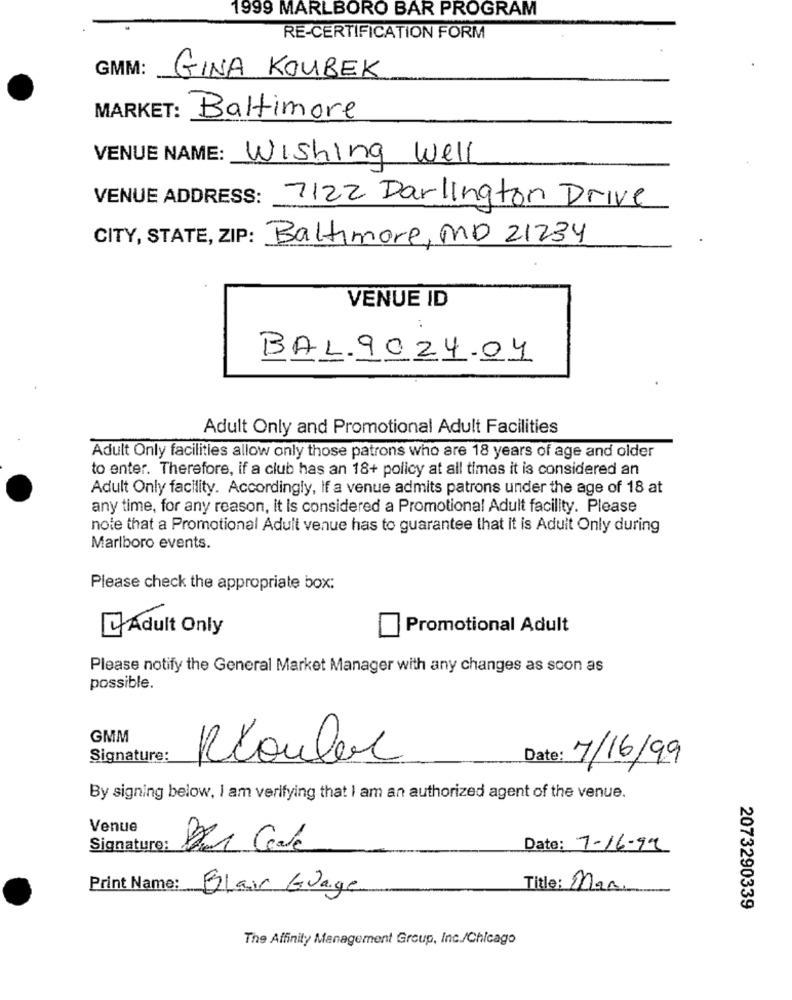
1999 MARLBORO BAR PROGRAM
RE-CERTIFICATION FORM
GMM:
GINA KOUBEK
MARKET:
Baltimore
VENUE NAME: Wishing Well
VENUE ADDRESS:
7122 Darlington Drive
CITY, STATE, ZIP: Baltimore, MD 21234
VENUE ID
BAL.9024.04
Adult Only and Promotional Adult Facilities
Adult Only facilities allow only those patrons who are 18 years of age and older
to enter. Therefore, if a club has an 18+ policy at all times it is considered an
Adult Only facility. Accordingly, if a venue admits patrons under the age of 18 at
any time, for any reason, it is considered a Promotional Adult facility. Please
note that a Promotional Adult venue has to guarantee that it is Adult Only during
Marlboro events.
Please check the appropriate box:
Promotional Adult
LAdult Only
Please notify the General Market Manager with any changes as soon as
possible.
GMM
Signature:
Rouler
Date: 7/16/99
By signing below, I am verifying that I am an authorized agent of the venue.
Venue
Signature:
Date: 7-16-99
Print Name:
Blair Guage
Title: Man.
2073290339
The Affinity Management Group, Inc./Chicago